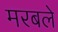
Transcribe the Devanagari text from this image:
मरबले